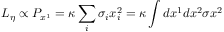
L _ { \eta } \propto P _ { x ^ { 1 } } = \kappa \sum _ { i } \sigma _ { i } x _ { i } ^ { 2 } = \kappa \int d x ^ { 1 } d x ^ { 2 } \sigma x ^ { 2 }